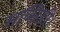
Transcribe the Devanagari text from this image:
सब्सिडी।